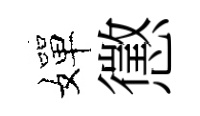
嬋懲